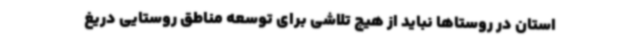
استان در روستاها نباید از هیچ تلاشی برای توسعه مناطق روستایی دریغ